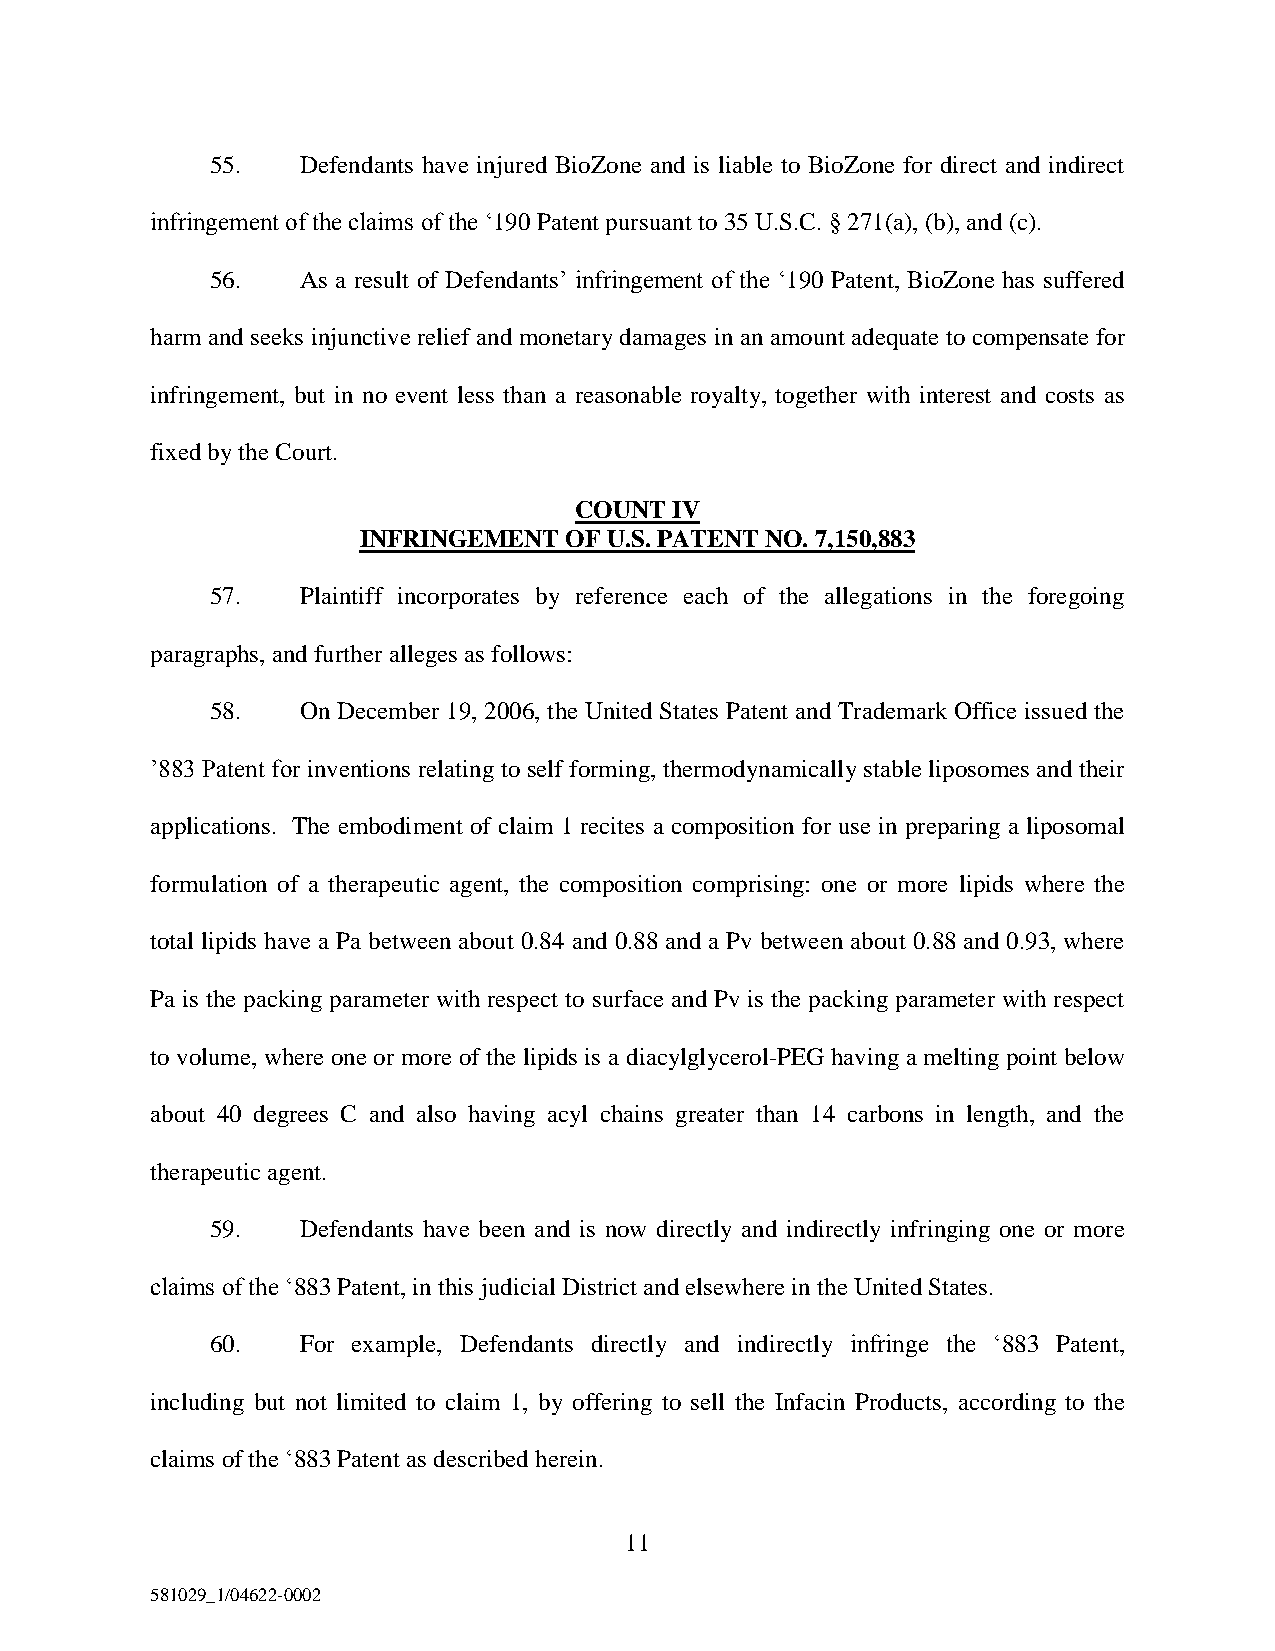
55.   Defendants have injured BioZone and is liable to BioZone for direct and indirect
 infringement of the claims of the ‘190 Patent pursuant to 35 U.S.C. § 271(a), (b), and (c).
 56.   As a result of Defendants’ infringement of the ‘190 Patent, BioZone has suffered
 harm and seeks injunctive relief and monetary damages in an amount adequate to compensate for
 infringement, but in no event less than a reasonable royalty, together with interest and costs as
 fixed by the Court.
 COUNT IV
 INFRINGEMENT OF U.S. PATENT NO. 7,150,883
 57.   Plaintiff incorporates by reference each of the allegations in the foregoing
 paragraphs, and further alleges as follows:
 58.   On December 19, 2006, the United States Patent and Trademark Office issued the
 ’883 Patent for inventions relating to self forming, thermodynamically stable liposomes and their
 applications. The embodiment of claim 1 recites a composition for use in preparing a liposomal
 formulation of a therapeutic agent, the composition comprising: one or more lipids where the
 total lipids have a Pa between about 0.84 and 0.88 and a Pv between about 0.88 and 0.93, where
 Pa is the packing parameter with respect to surface and Pv is the packing parameter with respect
 to volume, where one or more of the lipids is a diacylglycerol-PEG having a melting point below
 about 40 degrees C and also having acyl chains greater than 14 carbons in length, and the
 therapeutic agent.
 59.   Defendants have been and is now directly and indirectly infringing one or more
 claims of the ‘883 Patent, in this judicial District and elsewhere in the United States.
 60.   For example, Defendants directly and indirectly infringe the ‘883 Patent,
 including but not limited to claim 1, by offering to sell the Infacin Products, according to the
 claims of the ‘883 Patent as described herein.
 11
 581029_1/04622-0002